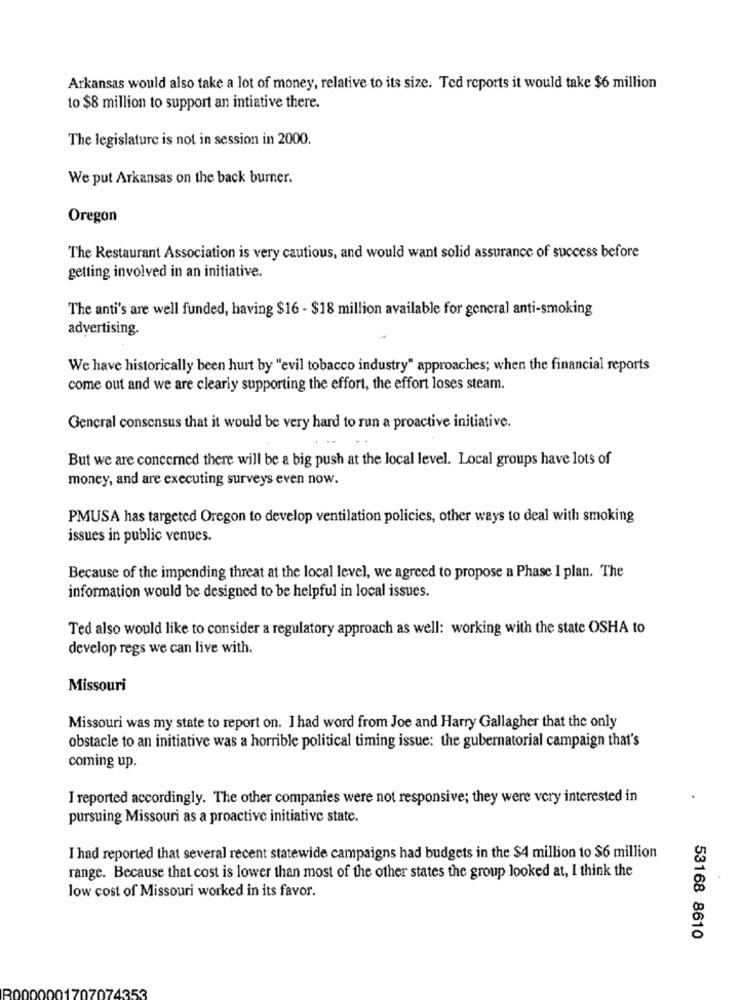
Arkansas would also take a lot of money, relative to its size. Ted reports it would take $6 million
to $8 million to support an intiative there.
The legislature is not in session in 2000.
We put Arkansas on the back burner.
Oregon
The Restaurant Association is very cautious, and would want solid assurance of success before
getting involved in an initiative.
The anti's are well funded, having $16 - $18 million available for general anti-smoking
advertising.
We have historically been hurt by "evil tobacco industry" approaches; when the financial reports
come out and we are clearly supporting the effort, the effort loses steam.
General consensus that it would be very hard to run a proactive initiative.
But we are concerned there will be a big push at the local level. Local groups have lots of
money, and are executing surveys even now.
PMUSA has targeted Oregon to develop ventilation policies, other ways to deal with smoking
issues in public venues.
Because of the impending threat at the local level, we agreed to propose a Phase I plan. The
information would be designed to be helpful in local issues.
Ted also would like to consider a regulatory approach as well: working with the state OSHA to
develop regs we can live with.
Missouri
Missouri was my state to report on. I had word from Joe and Harry Gallagher that the only
obstacle to an initiative was a horrible political timing issue: the gubernatorial campaign that's
coming up.
I reported accordingly. The other companies were not responsive; they were very interested in
pursuing Missouri as a proactive initiative state.
I had reported that several recent statewide campaigns had budgets in the $4 million to $6 million
range. Because that cost is lower than most of the other states the group looked at, I think the
low cost of Missouri worked in its favor.
53168 8610